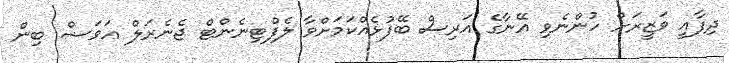
ދިފާއީ ވަޒީރަށް ހުންނެވި އޭނާގެ އަރިސް ބޭފުޅެއްކަމަށްވާ ލެފްޓިނެންޓް ޖެނެރަލް ޢަވަޟް ބިން